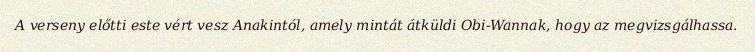
A verseny előtti este vért vesz Anakintól, amely mintát átküldi Obi-Wannak, hogy az megvizsgálhassa.